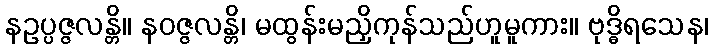
နဥပ္ပဇ္ဇလန္တိ။ နဝဇ္ဇလန္တိ၊ မထွန်းမညှိကုန်သည်ဟူမူကား။ ဗုဒ္ဓိရသေန၊